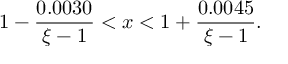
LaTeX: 1 - { \frac { 0 . 0 0 3 0 } { \xi - 1 } } < x < 1 + { \frac { 0 . 0 0 4 5 } { \xi - 1 } } .